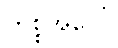
ကိစ္စအပေါ်